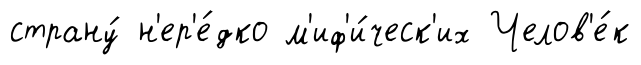
страну́ н'ер'е́дко м'иф'и́ческ'их Челов'е́к